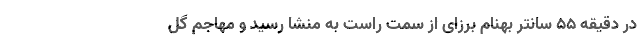
در دقیقه ۵۵ سانتر بهنام برزای از سمت راست به منشا رسید و مهاجم گل